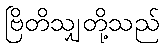
ဗြိတိသျှတို့သည်